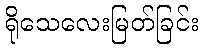
ရိုသေလေးမြတ်ခြင်း